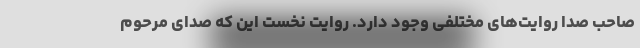
صاحب صدا روایت‌های مختلفی وجود دارد. روایت نخست این که صدای مرحوم